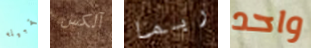
تقبيله آلكس ربما واحد